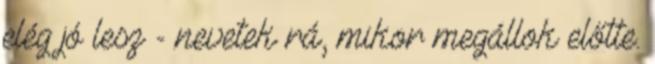
elég jó lesz - nevetek rá, mikor megállok előtte.